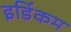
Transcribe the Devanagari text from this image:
इडिंकम